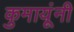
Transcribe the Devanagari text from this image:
कुमायूंनी